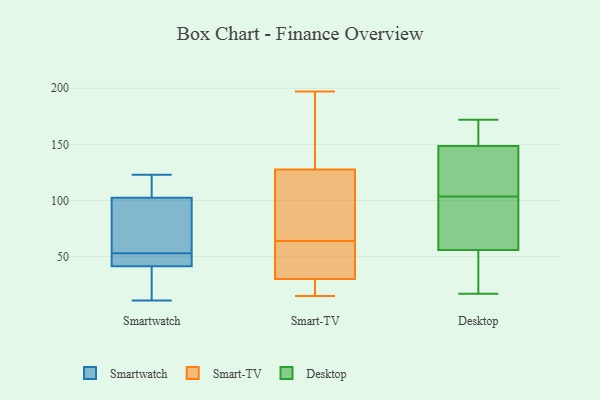
{"axis": {"x": "Market Share (%)", "y": "Value"}, "legend": ["Desktop", "Smart-TV", "Smartwatch"], "data": [{"x": "", "y": 61, "type": "Smartwatch"}, {"x": "", "y": 45, "type": "Smartwatch"}, {"x": "", "y": 24, "type": "Smartwatch"}, {"x": "", "y": 53, "type": "Smartwatch"}, {"x": "", "y": 38, "type": "Smartwatch"}, {"x": "", "y": 111, "type": "Smartwatch"}, {"x": "", "y": 53, "type": "Smartwatch"}, {"x": "", "y": 47, "type": "Smartwatch"}, {"x": "", "y": 11, "type": "Smartwatch"}, {"x": "", "y": 123, "type": "Smartwatch"}, {"x": "", "y": 94, "type": "Smartwatch"}, {"x": "", "y": 122, "type": "Smartwatch"}, {"x": "", "y": 43, "type": "Smart-TV"}, {"x": "", "y": 68, "type": "Smart-TV"}, {"x": "", "y": 64, "type": "Smart-TV"}, {"x": "", "y": 21, "type": "Smart-TV"}, {"x": "", "y": 44, "type": "Smart-TV"}, {"x": "", "y": 129, "type": "Smart-TV"}, {"x": "", "y": 143, "type": "Smart-TV"}, {"x": "", "y": 15, "type": "Smart-TV"}, {"x": "", "y": 24, "type": "Smart-TV"}, {"x": "", "y": 56, "type": "Smart-TV"}, {"x": "", "y": 181, "type": "Smart-TV"}, {"x": "", "y": 118, "type": "Smart-TV"}, {"x": "", "y": 127, "type": "Smart-TV"}, {"x": "", "y": 82, "type": "Smart-TV"}, {"x": "", "y": 197, "type": "Smart-TV"}, {"x": "", "y": 19, "type": "Smart-TV"}, {"x": "", "y": 32, "type": "Smart-TV"}, {"x": "", "y": 151, "type": "Desktop"}, {"x": "", "y": 71, "type": "Desktop"}, {"x": "", "y": 172, "type": "Desktop"}, {"x": "", "y": 49, "type": "Desktop"}, {"x": "", "y": 109, "type": "Desktop"}, {"x": "", "y": 24, "type": "Desktop"}, {"x": "", "y": 98, "type": "Desktop"}, {"x": "", "y": 159, "type": "Desktop"}, {"x": "", "y": 63, "type": "Desktop"}, {"x": "", "y": 146, "type": "Desktop"}, {"x": "", "y": 120, "type": "Desktop"}, {"x": "", "y": 17, "type": "Desktop"}]}